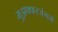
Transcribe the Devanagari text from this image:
मुझफ्फरजंगने